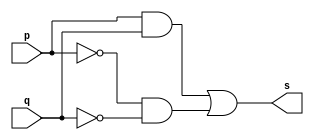
// -------------------------
// Exercicio07 - XNOR
// Nome: Willian Antonio dos Santos
// -------------------------
// -------------------------
// -- xnor gate
// -------------------------
module xnorgate (output s, input p, input q);
       assign s = ((p&q)|((~p)&(~q)));
endmodule // xnorgate
// -------------------------
// -- test xnor gate
// -------------------------
module testxnorgate;
        // ------------------------- dados locais
        reg a, b;    // definir registrador
        wire s;      // definir conexao (fio)
        // ------------------------- instancia
        xnorgate XNOR1 (s, a, b);
        // ------------------------- preparacao
        initial begin:start
                     // valores iniciais
                a=0; b=0;
        end
        // ------------------------- parte principal
        initial begin:main
                     // execucao unitaria
                $display("Exercicio07 - Willian Antonio dos Santos - 462020");
                $display("Test XNOR gate:");
                $display("\n~(a ^ b) = s\n");
                $monitor("~(%b ^ %b) = %b", a, b, s);
             #1 a=0; b=0;
             #1 a=0; b=1;
             #1 a=1; b=0;
             #1 a=1; b=1;
        end
endmodule // testxnorgate